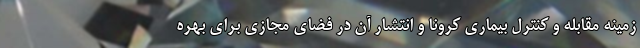
زمینه مقابله و کنترل بیماری کرونا و انتشار آن در فضای مجازی برای بهره